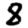
Digit: 8